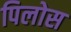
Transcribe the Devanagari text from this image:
पिलोस